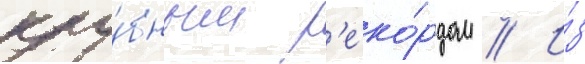
клу́бным р'еко́рдом // И́з